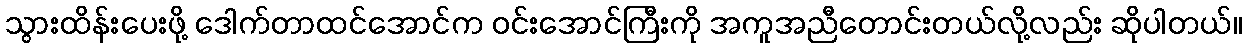
သွားထိန်းပေးဖို့ ဒေါက်တာထင်အောင်က ဝင်းအောင်ကြီးကို အကူအညီတောင်းတယ်လို့လည်း ဆိုပါတယ်။